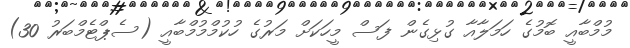
މުމްބާއީ ބޮމުގެ ހަމަލާއާ ގުޅިގެން ފަސް މީހަކަށް މަރުގެ ހުކުމްމުމްބާއީ (ސެޕްޓެމްބަރު 30)